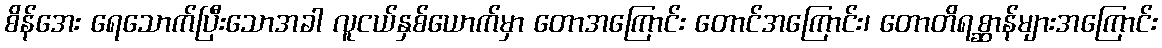
စိန်အေး ရေသောက်ပြီးသောအခါ လူငယ်နှစ်ယောက်မှာ တောအကြောင်း တောင်အကြောင်း၊ တောတိရစ္ဆာန်များအကြောင်း